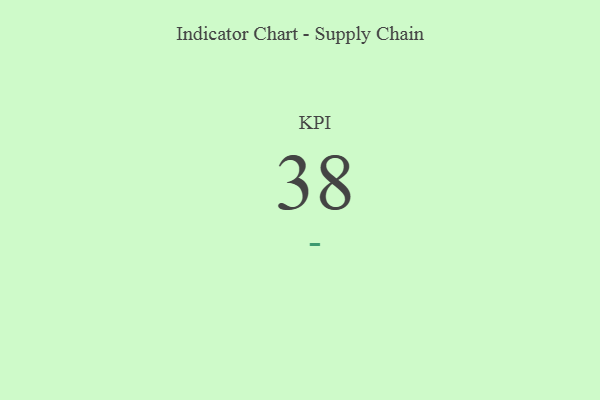
{"axis": {"x": "KPI", "y": "Value"}, "legend": [""], "data": [{"x": "KPI", "y": 38, "type": ""}]}